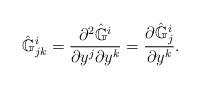
LaTeX: \begin{align*}\hat{\mathbb{G}}^i_{jk}=\frac{\partial^2 \hat{\mathbb{G}}^i}{\partial y^j\partial y^k}=\frac{\partial \hat{\mathbb{G}}^i_j}{\partial y^k}.\end{align*}